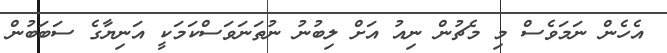
އެހެން ނަމަވެސް މި މެޗުން ނިއު އަށް ލިބުނު ނުތަނަވަސްކަމަކީ އަނިޔާގެ ސަބަބުން